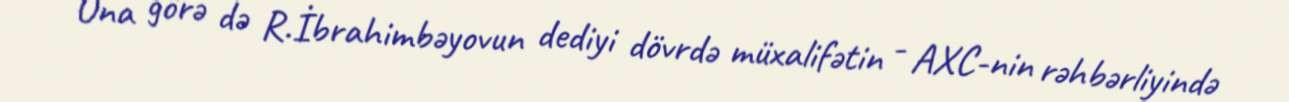
Ona görə də R.İbrahimbəyovun dediyi dövrdə müxalifətin - AXC-nin rəhbərliyində